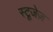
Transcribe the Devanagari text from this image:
स्टूजेज़